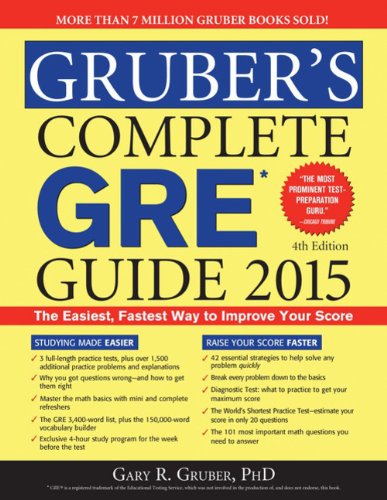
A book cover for Gruber's Complete GRE Guide 2015; Gary Gruber; Test Preparation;